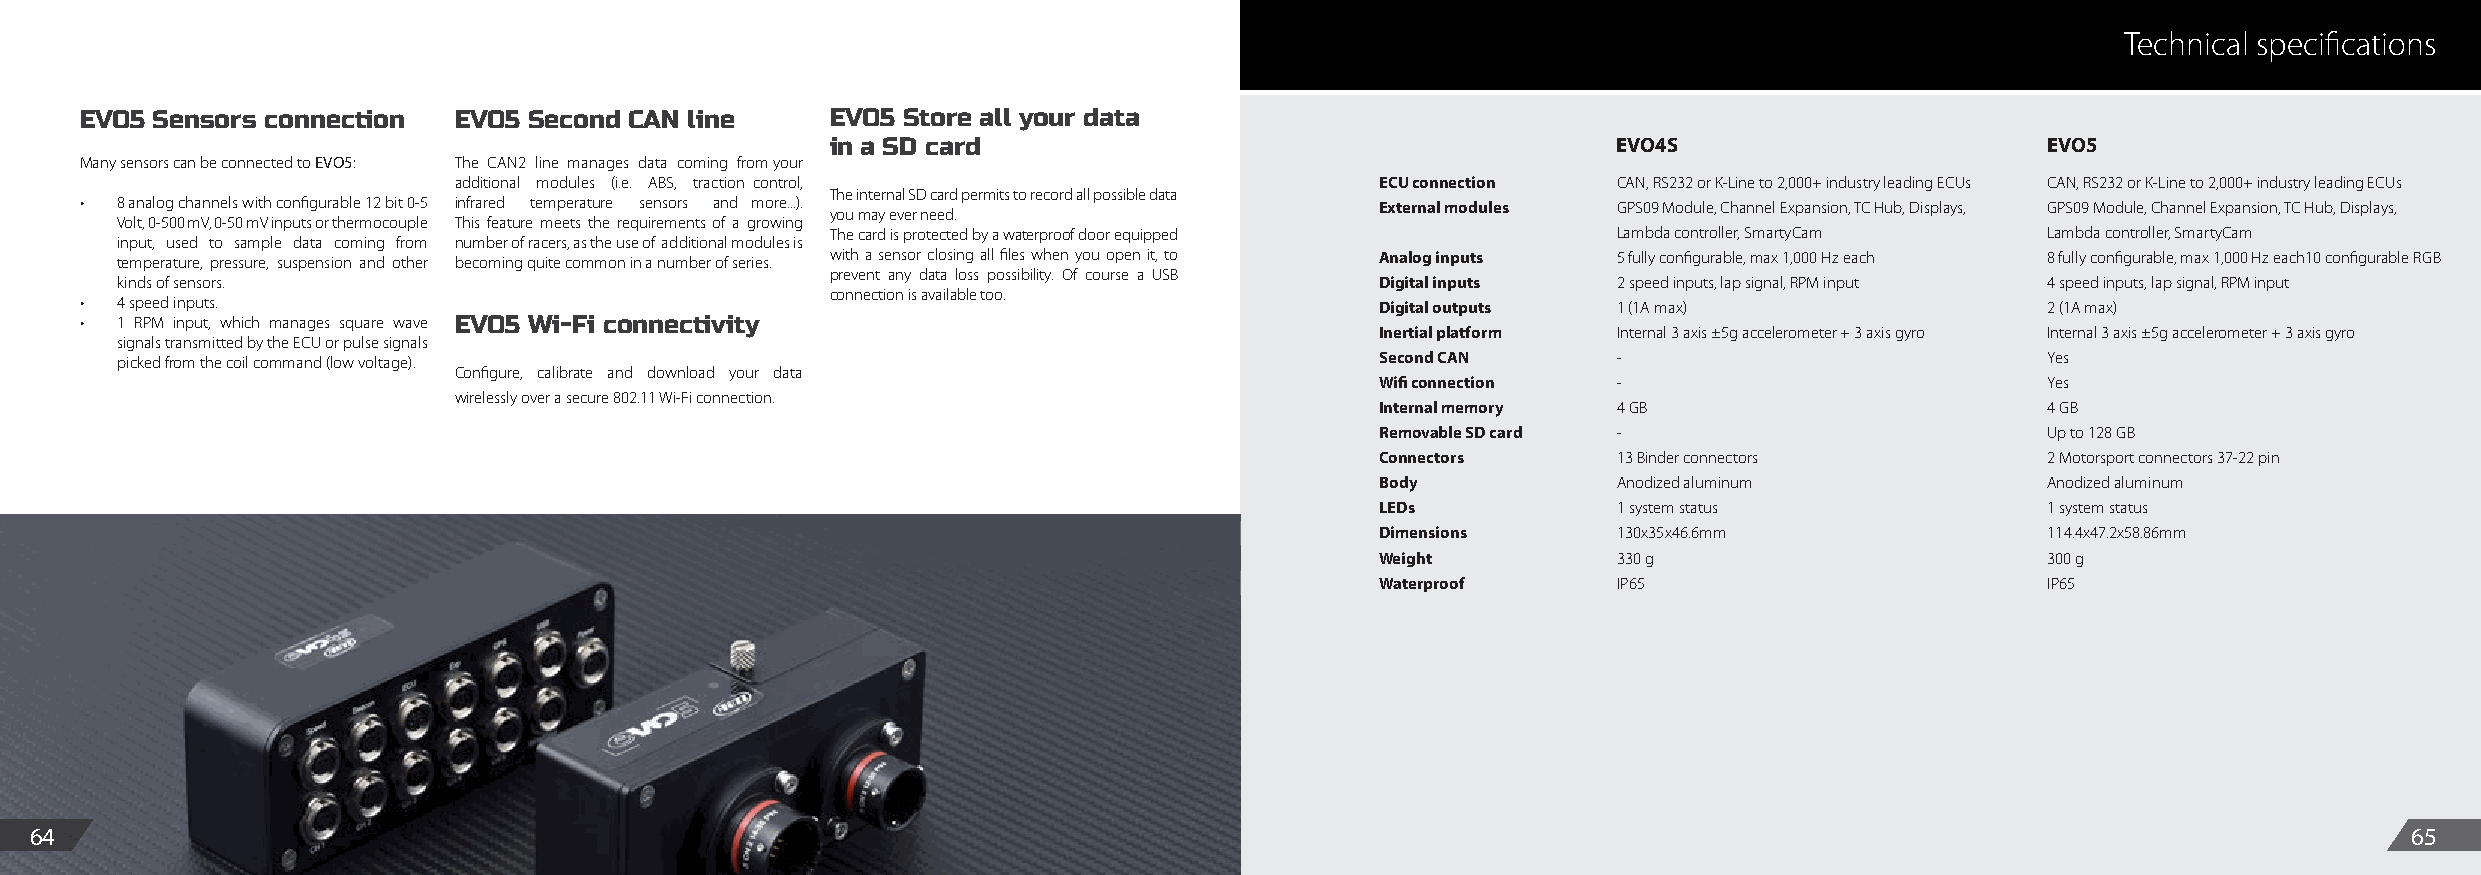
Technical specifications
 EVO5 Sensors connection  EVO5 Second CAN line     EVO5 Store all your data
 in a SD card                                        EVO4S                       EVO5
 Many sensors can be connected to EVO5: The CAN2 line manages data coming from your
 additional modules (i.e. ABS, traction control,              ECU connection  CAN, RS232 or K-Line to 2,000+ industry leading ECUs CAN, RS232 or K-Line to 2,000+ industry leading ECUs
 The internal SD card permits to record all possible data
 •  8 analog channels with configurable 12 bit 0-5 infrared temperature sensors and more...). External modules GPS09 Module, Channel Expansion, TC Hub, Displays, GPS09 Module, Channel Expansion, TC Hub, Displays,
 you may ever need.
 Volt, 0-500 mV, 0-50 mV inputs or thermocouple This feature meets the requirements of a growing
 The card is protected by a waterproof door equipped Lambda controller, SmartyCam Lambda controller, SmartyCam
 input, used to sample data coming from number of racers, as the use of additional modules is
 temperature, pressure, suspension and other becoming quite common in a number of series. with a sensor closing all files when you open it, to Analog inputs 5 fully configurable, max 1,000 Hz each 8 fully configurable, max 1,000 Hz each10 configurable RGB
 prevent any data loss possibility. Of course a USB
 kinds of sensors.                                                                  Digital inputs  2 speed inputs, lap signal, RPM input 4 speed inputs, lap signal, RPM input
 connection is available too.
 •  4 speed inputs.                                                                    Digital outputs 1 (1A max)                   2 (1A max)
 •  1 RPM input, which manages square wave EVO5 Wi-Fi connectivity
 Inertial platform Internal 3 axis ±5g accelerometer + 3 axis gyro Internal 3 axis ±5g accelerometer + 3 axis gyro
 signals transmitted by the ECU or pulse signals
 picked from the coil command (low voltage).                                        Second CAN      -                            Yes
 Configure, calibrate and download your data
 Wifi connection -                            Yes
 wirelessly over a secure 802.11 Wi-Fi connection.
 Internal memory 4 GB                         4 GB
 Removable SD card -                          Up to 128 GB
 Connectors      13 Binder connectors         2 Motorsport connectors 37-22 pin
 Body            Anodized aluminum            Anodized aluminum
 LEDs            1 system status              1 system status
 Dimensions      130x35x46.6mm                114.4x47.2x58.86mm
 Weight          330 g                        300 g
 Waterproof      IP65                         IP65
 64                                                                                                                                                            65